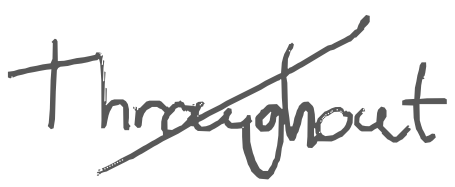
Text: Throughout
Cross-out: diagonal
Writing tool: digital_gray